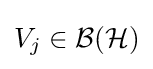
V_{j}\in {\mathcal {B}}({\mathcal {H}})